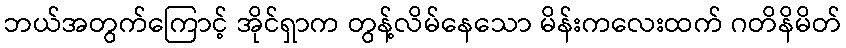
ဘယ်အတွက်ကြောင့် အိုင်ရှာက တွန့်လိမ်နေသော မိန်းကလေးထက် ဂတိနိမိတ်